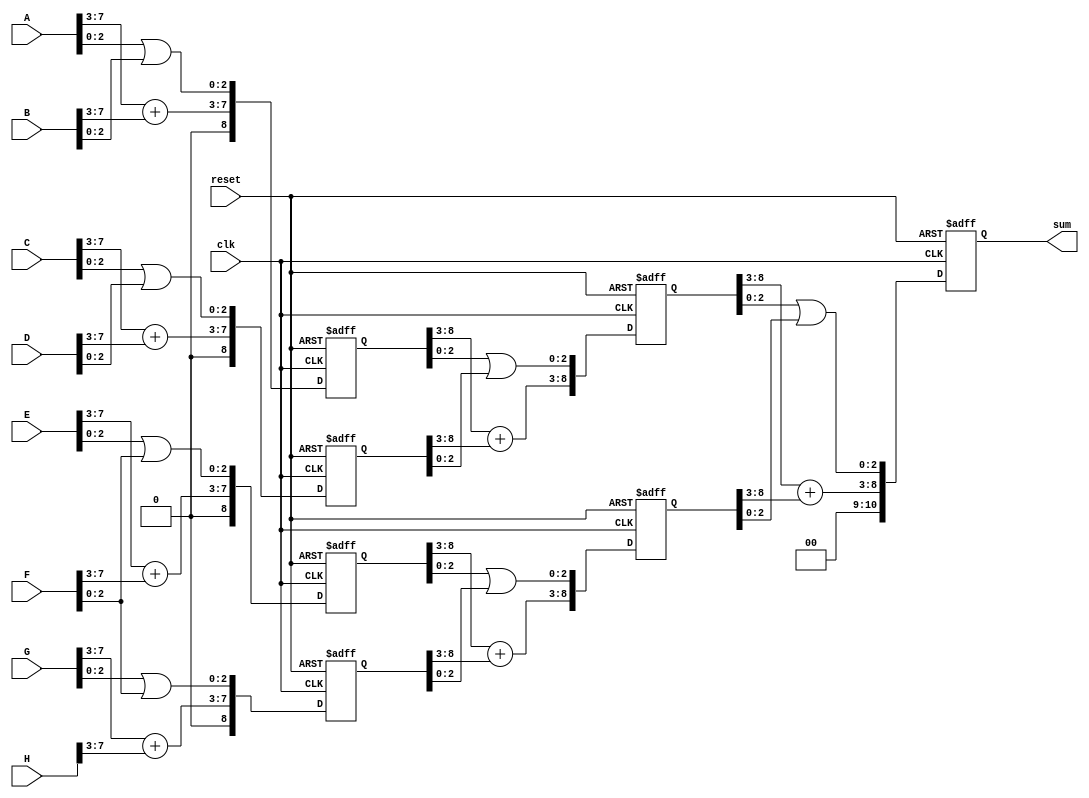
module adder_or_pipeline(
input wire [7:0] A,B,C,D,E,F,G,H,
input wire clk,reset,
output wire [10:0]sum );
  reg [8:0] s1_reg,s1_next,s2_reg,s2_next,s3_reg,s3_next,s4_reg,s4_next;
  reg [9:0] s5_reg,s5_next,s6_reg,s6_next;
  reg [10:0] f1_reg,f1_next;
always@(posedge clk,posedge reset)
if(reset)
begin
s1_reg<=0;
s2_reg<=0;
s3_reg<=0;
s4_reg<=0;
s5_reg<=0;
s6_reg<=0;
f1_reg<=0;
end
else
begin
s1_reg<=s1_next;
s2_reg<=s2_next;
s3_reg<=s3_next;
s4_reg<=s4_next;
s5_reg<=s5_next;
s6_reg<=s6_next;
f1_reg<=f1_next;
end

always@*
begin
s1_next = s1_reg;
s2_next = s2_reg;
s3_next = s3_reg;
s4_next = s4_reg;
s5_next = s5_reg;
s6_next = s6_reg;
f1_next = f1_reg;
s1_next = {A[7:3]+B[7:3],(A[2:0]|B[2:0])};
s2_next = {C[7:3]+D[7:3],(C[2:0]|D[2:0])};
s3_next = {E[7:3]+F[7:3],(E[2:0]|F[2:0])};
s4_next = {G[7:3]+H[7:3],(G[2:0]|F[2:0])};
s5_next = {s1_reg[8:3]+s2_reg[8:3],s1_reg[2:0]|s2_reg[2:0]};
s6_next = {s3_reg[8:3]+s4_reg[8:3],s3_reg[2:0]|s4_reg[2:0]};
f1_next = {s5_reg[8:3]+s6_reg[8:3],s5_reg[2:0]|s6_reg[2:0]};


end
assign sum = f1_reg;
endmodule